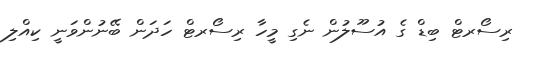
ރިސޯރޓް ބިޑް ގެ އުސޫލުން ނެގި މީހާ ރިސޯރޓް ހަދަން ބޭނުންވަނީ ކިއްލި